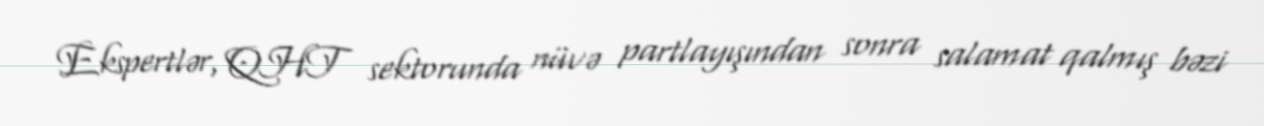
Ekspertlər, QHT sektorunda nüvə partlayışından sonra salamat qalmış bəzi